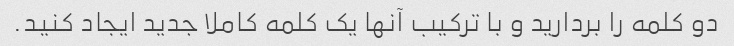
دو کلمه را بردارید و با ترکیب آنها یک کلمه کاملا جدید ایجاد کنید.